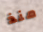
منذ